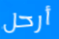
أرحل